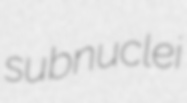
subnuclei